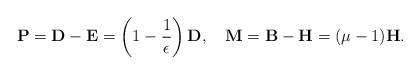
LaTeX: \begin{align*}{\bf P}={\bf D-E}=\left(1-{1\over\epsilon}\right){\bf D},\quad {\bf M}={\bf B-H}=(\mu-1){\bf H}.\end{align*}